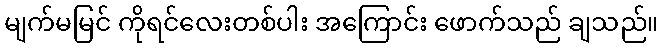
မျက်မမြင် ကိုရင်လေးတစ်ပါး အကြောင်း ဖောက်သည် ချသည်။